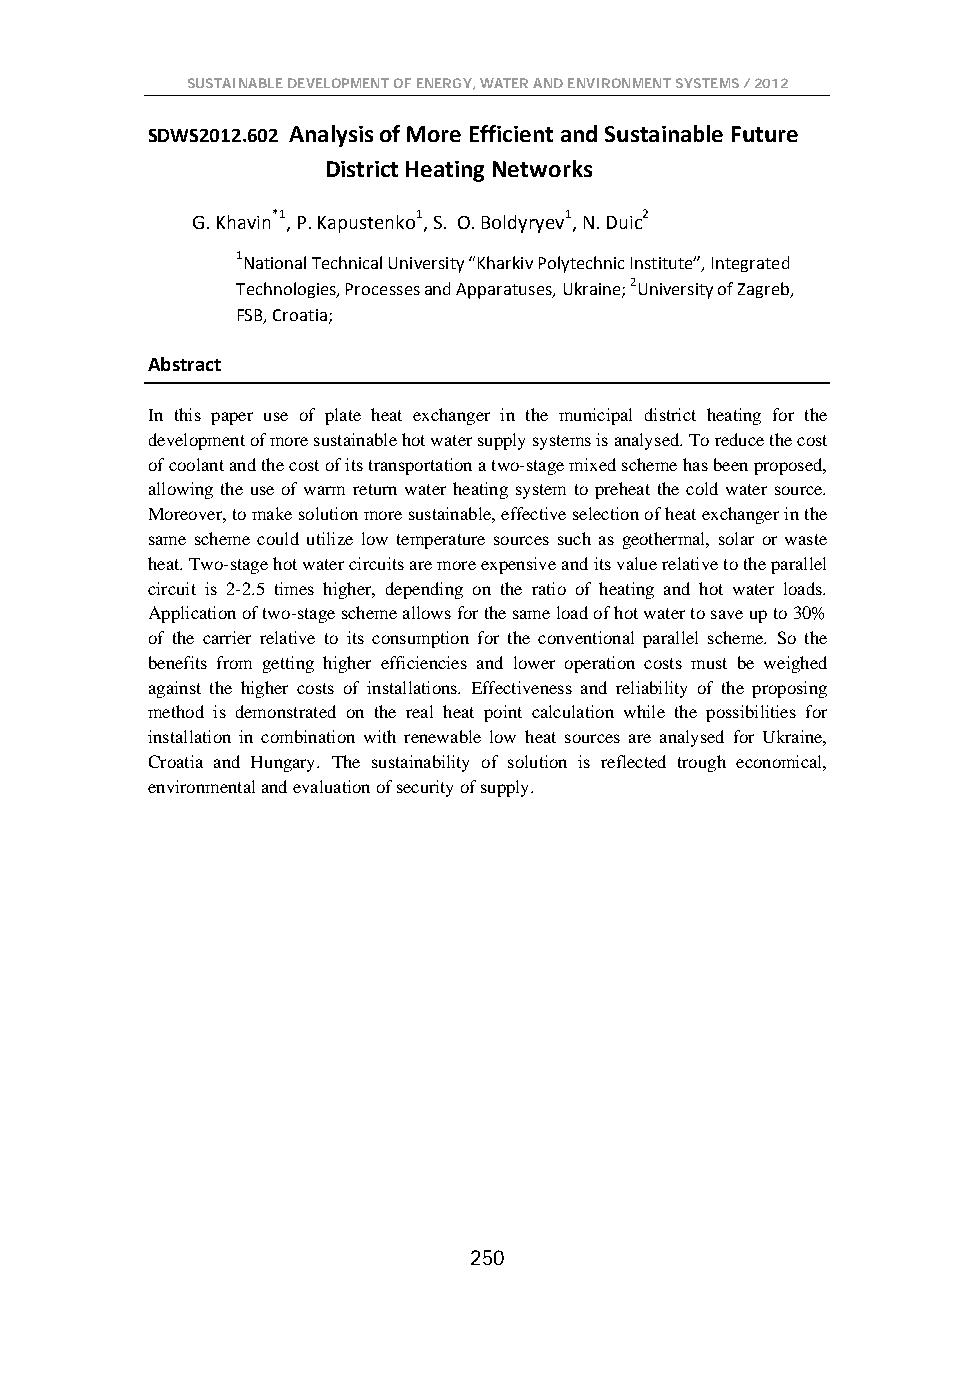
SUSTAINABLE DEVELOPMENT OF ENERGY, WATER AND ENVIRONMENT SYSTEMS / 2012
 SDWS2012.602 Analysis of More Efficient and Sustainable Future
 District Heating Networks
 G. Khavin*1, P. Kapustenko1, S. O. Boldyryev1, N. Duic2
 1National Technical University “Kharkiv Polytechnic Institute”, Integrated
 Technologies, Processes and Apparatuses, Ukraine; 2University of Zagreb,
 FSB, Croatia;
 Abstract
 In this paper use of plate heat exchanger in the municipal district heating for the
 development of more sustainable hot water supply systems is analysed. To reduce the cost
 of coolant and the cost of its transportation a two-stage mixed scheme has been proposed,
 allowing the use of warm return water heating system to preheat the cold water source.
 Moreover, to make solution more sustainable, effective selection of heat exchanger in the
 same scheme could utilize low temperature sources such as geothermal, solar or waste
 heat. Two-stage hot water circuits are more expensive and its value relative to the parallel
 circuit is 2-2.5 times higher, depending on the ratio of heating and hot water loads.
 Application of two-stage scheme allows for the same load of hot water to save up to 30%
 of the carrier relative to its consumption for the conventional parallel scheme. So the
 benefits from getting higher efficiencies and lower operation costs must be weighed
 against the higher costs of installations. Effectiveness and reliability of the proposing
 method is demonstrated on the real heat point calculation while the possibilities for
 installation in combination with renewable low heat sources are analysed for Ukraine,
 Croatia and Hungary. The sustainability of solution is reflected trough economical,
 environmental and evaluation of security of supply.
 250